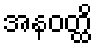
အနဝတ္ထိ